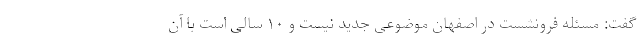
گفت: مسئله فرونشست در اصفهان موضوعی جدید نیست و ۱۰ سالی است با آن